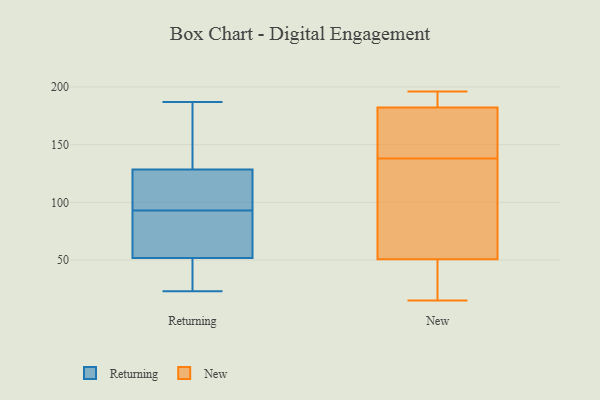
{"axis": {"x": "Page Views", "y": "Value"}, "legend": ["New", "Returning"], "data": [{"x": "", "y": 31, "type": "Returning"}, {"x": "", "y": 127, "type": "Returning"}, {"x": "", "y": 93, "type": "Returning"}, {"x": "", "y": 145, "type": "Returning"}, {"x": "", "y": 79, "type": "Returning"}, {"x": "", "y": 23, "type": "Returning"}, {"x": "", "y": 99, "type": "Returning"}, {"x": "", "y": 51, "type": "Returning"}, {"x": "", "y": 49, "type": "Returning"}, {"x": "", "y": 86, "type": "Returning"}, {"x": "", "y": 148, "type": "Returning"}, {"x": "", "y": 112, "type": "Returning"}, {"x": "", "y": 187, "type": "Returning"}, {"x": "", "y": 116, "type": "Returning"}, {"x": "", "y": 78, "type": "Returning"}, {"x": "", "y": 129, "type": "Returning"}, {"x": "", "y": 30, "type": "Returning"}, {"x": "", "y": 182, "type": "Returning"}, {"x": "", "y": 54, "type": "Returning"}, {"x": "", "y": 196, "type": "New"}, {"x": "", "y": 195, "type": "New"}, {"x": "", "y": 38, "type": "New"}, {"x": "", "y": 184, "type": "New"}, {"x": "", "y": 177, "type": "New"}, {"x": "", "y": 149, "type": "New"}, {"x": "", "y": 138, "type": "New"}, {"x": "", "y": 20, "type": "New"}, {"x": "", "y": 96, "type": "New"}, {"x": "", "y": 27, "type": "New"}, {"x": "", "y": 89, "type": "New"}, {"x": "", "y": 129, "type": "New"}, {"x": "", "y": 15, "type": "New"}, {"x": "", "y": 193, "type": "New"}, {"x": "", "y": 176, "type": "New"}]}